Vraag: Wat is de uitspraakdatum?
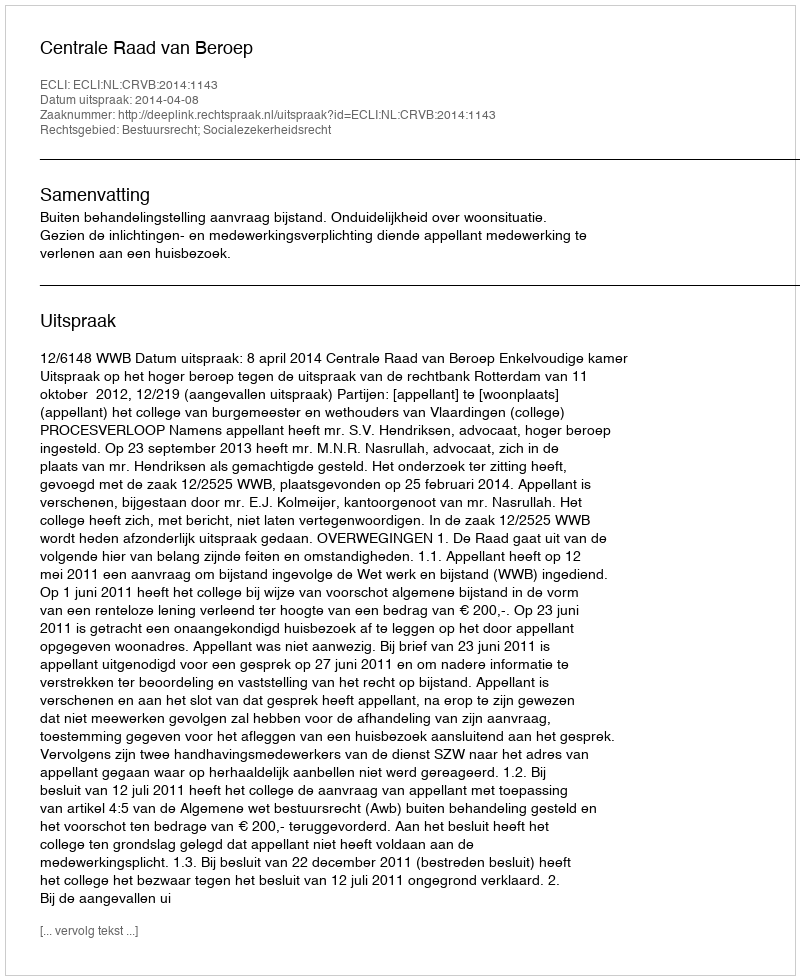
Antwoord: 2014-04-08